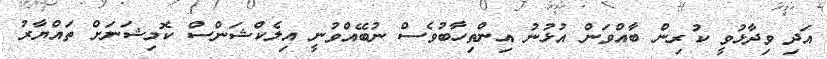
އަދި ވިދާޅުވީ ކުރިން ބާއްވަން އުޅުނު އިންތިހާބުވެސް ނުބޭއްވުނީ އިލެކްޝަންސް ކޮމިޝަނަށް ތައްޔާރު